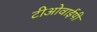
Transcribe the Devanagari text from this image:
टीओवाईपी